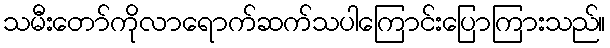
သမီးတော်ကိုလာရောက်ဆက်သပါကြောင်းပြောကြားသည်။